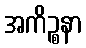
အကိဉ္စနာ